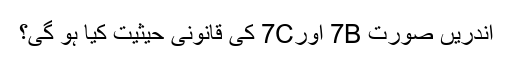
اندریں صورت 7B اور7C کی قانونی حیثیت کیا ہو گی؟